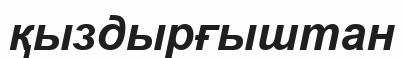
қыздырғыштан